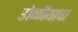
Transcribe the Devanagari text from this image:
डोळीयाचा